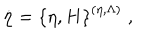
\dot { \eta } = \left\{ \eta , H \right\} ^ { ( \eta , \Lambda ) } \; ,